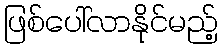
ဖြစ်ပေါ်လာနိုင်မည့်